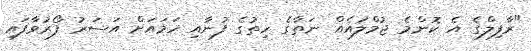
"ރާފިލްގެ އެ ކޮންމެ ޖުމްލައެއް ނަތާގެ ހިތުގެ ފުނާއި ހަމައަށް އަސަރު ފޯރުވާފައި